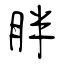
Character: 胖